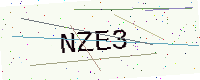
Text: NZE3